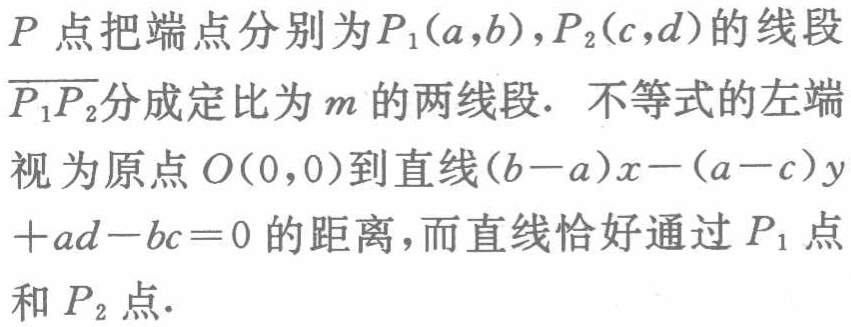
\(P\)点把端点分别为\(P_1(a,b),P_2(c,d)\)的线段\(\overline{P_1P_2}\)分成定比为\(m\)的两线段. 不等式的左端视为原点\(O(0,0)\)到直线\((b - a)x-(a - c)y+ad - bc = 0\)的距离，而直线恰好通过\(P_1\)点和\(P_2\)点.